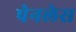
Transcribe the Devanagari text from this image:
पेनलेस